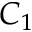
C _ { 1 }